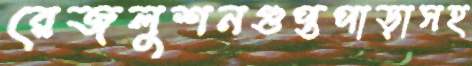
রেজলুশনগুপ্তপাড়াসহ